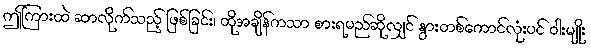
ဤကြားထဲ ဆာလိုက်သည့် ဖြစ်ခြင်း၊ ထိုအချိန်ကသာ စားရမည်ဆိုလျှင် နွားတစ်ကောင်လုံးပင် ဝါးမျိုး